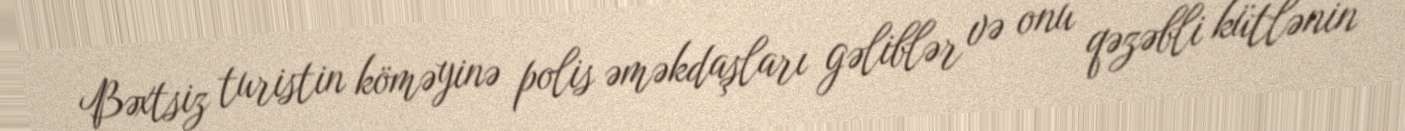
Bəxtsiz turistin köməyinə polis əməkdaşları gəliblər və onu qəzəbli kütlənin